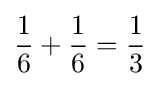
{\frac {1}{6}}+{\frac {1}{6}}={\frac {1}{3}}